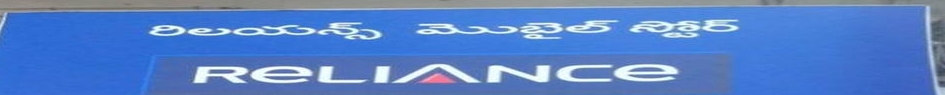
Language: telugu
Transcription: రిలయన్స్ మొబైల్ స్టోర్